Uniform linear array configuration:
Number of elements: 64
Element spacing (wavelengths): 0.75
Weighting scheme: cosine
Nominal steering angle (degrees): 45
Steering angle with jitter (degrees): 43.35
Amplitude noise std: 0.05
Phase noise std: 0.05

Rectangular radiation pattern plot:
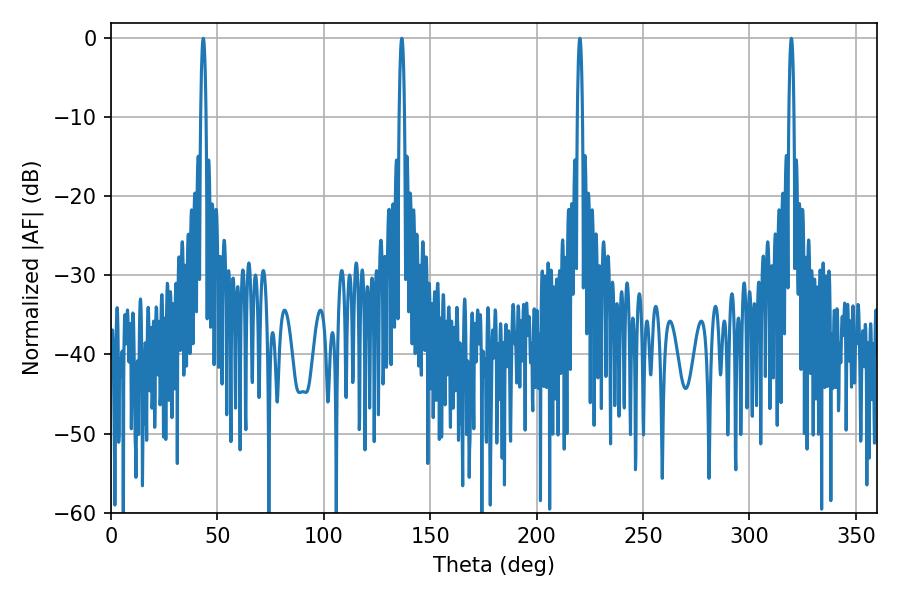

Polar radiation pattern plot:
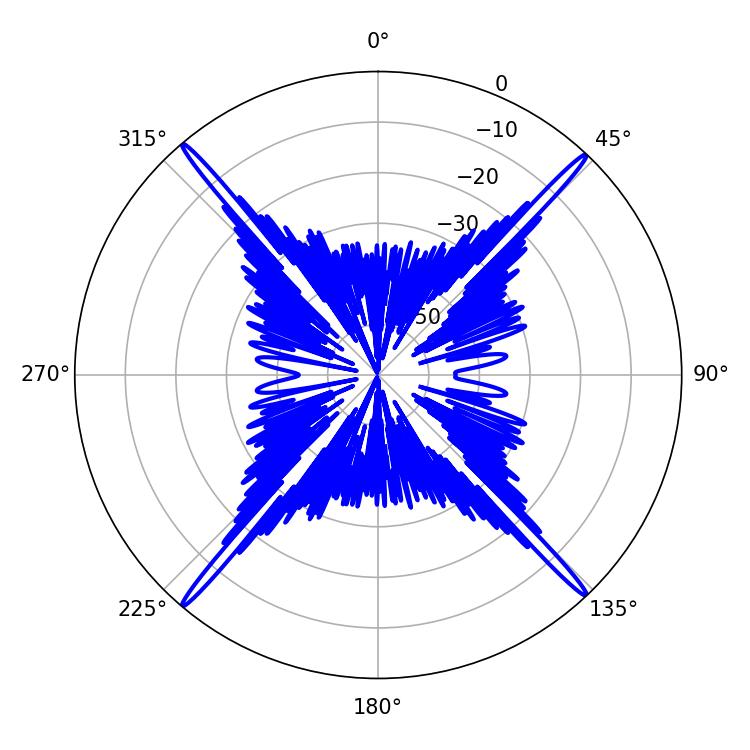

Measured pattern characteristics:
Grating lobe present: TRUE
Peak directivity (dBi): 26.923
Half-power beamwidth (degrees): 1.26
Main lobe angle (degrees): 220.32